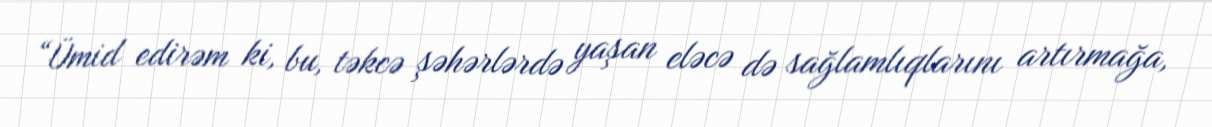
“Ümid edirəm ki, bu, təkcə şəhərlərdə yaşan eləcə də sağlamlıqlarını artırmağa,